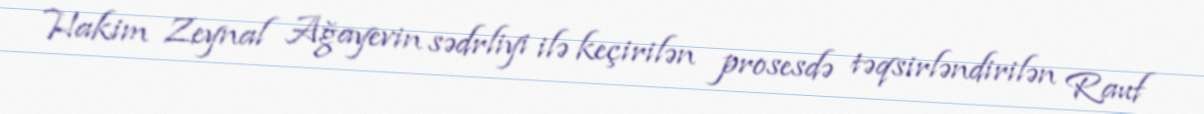
Hakim Zeynal Ağayevin sədrliyi ilə keçirilən prosesdə təqsirləndirilən Rauf